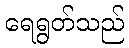
ရေရွတ်သည်